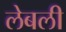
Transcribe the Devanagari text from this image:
लेबली